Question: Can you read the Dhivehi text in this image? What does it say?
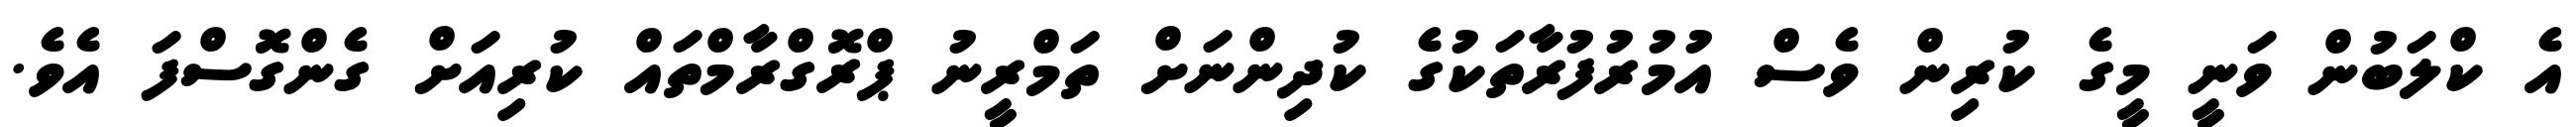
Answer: އެ ކްލަބުން ވަނީ މީގެ ކުރިން ވެސް އުމުރުފުރާތަކުގެ ކުދިންނަށް ތަމްރީނު ޕްރޮގްރާމްތައް ކުރިއަށް ގެންގޮސްފަ އެވެ.